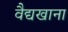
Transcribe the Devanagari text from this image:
वैद्यखाना